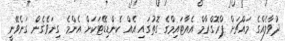
ދުވާލެއްގެ މައްޗަށް ޕްރޮގްރާމް އެއާޓައިމްގެ ގޮތުގައި އެއް ކެންޑިޑޭޓަކަށް އެންމެ ގިނަވެގެން ގަނެވޭނީ